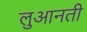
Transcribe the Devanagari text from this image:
लुआनती